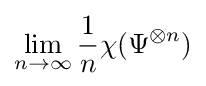
\lim _{n\to \infty }{\frac {1}{n}}\chi (\Psi ^{\otimes n})